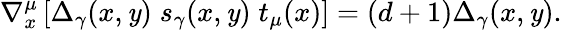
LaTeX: \nabla_{x}^{\mu}\left[\Delta_{\gamma}(x,\mathit{y})\; s_{\gamma}(x,\mathit{y})\; t_{\mu}(x)\right]=(d+1)\Delta_{\gamma}(x,\mathit{y}).